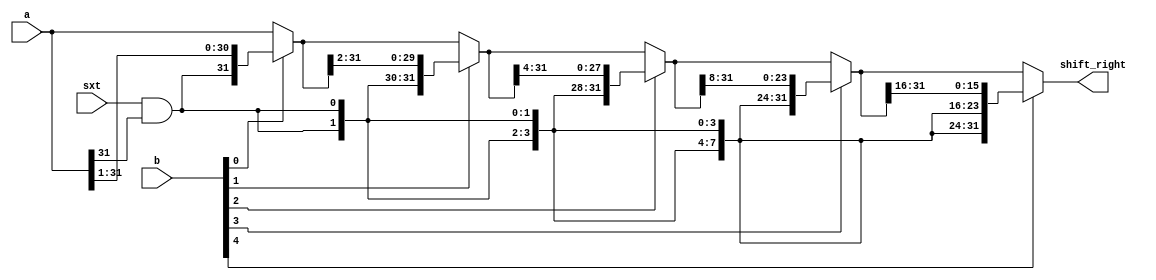
module shift_right(sxt,a,b,shift_right);
  input sxt;
  input [31:0] a;
  input [4:0] b;
  output [31:0] shift_right;

  wire [31:0] w,x,y,z;
  wire sin;

  assign sin = sxt & a[31];
  assign w = b[0] ? {sin,a[31:1]} : a;
  assign x = b[1] ? {{2{sin}},w[31:2]} : w;
  assign y = b[2] ? {{4{sin}},x[31:4]} : x;
  assign z = b[3] ? {{8{sin}},y[31:8]} : y;
  assign shift_right = b[4] ? {{16{sin}},z[31:16]} : z;
endmodule